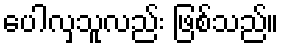
ပေါလှသူလည်း ဖြစ်သည်။